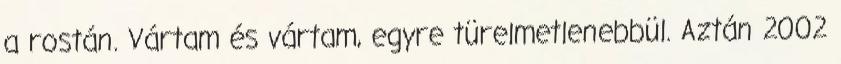
a rostán. Vártam és vártam, egyre türelmetlenebbül. Aztán 2002